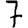
Digit: 7